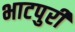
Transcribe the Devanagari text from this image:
भाटपुरी